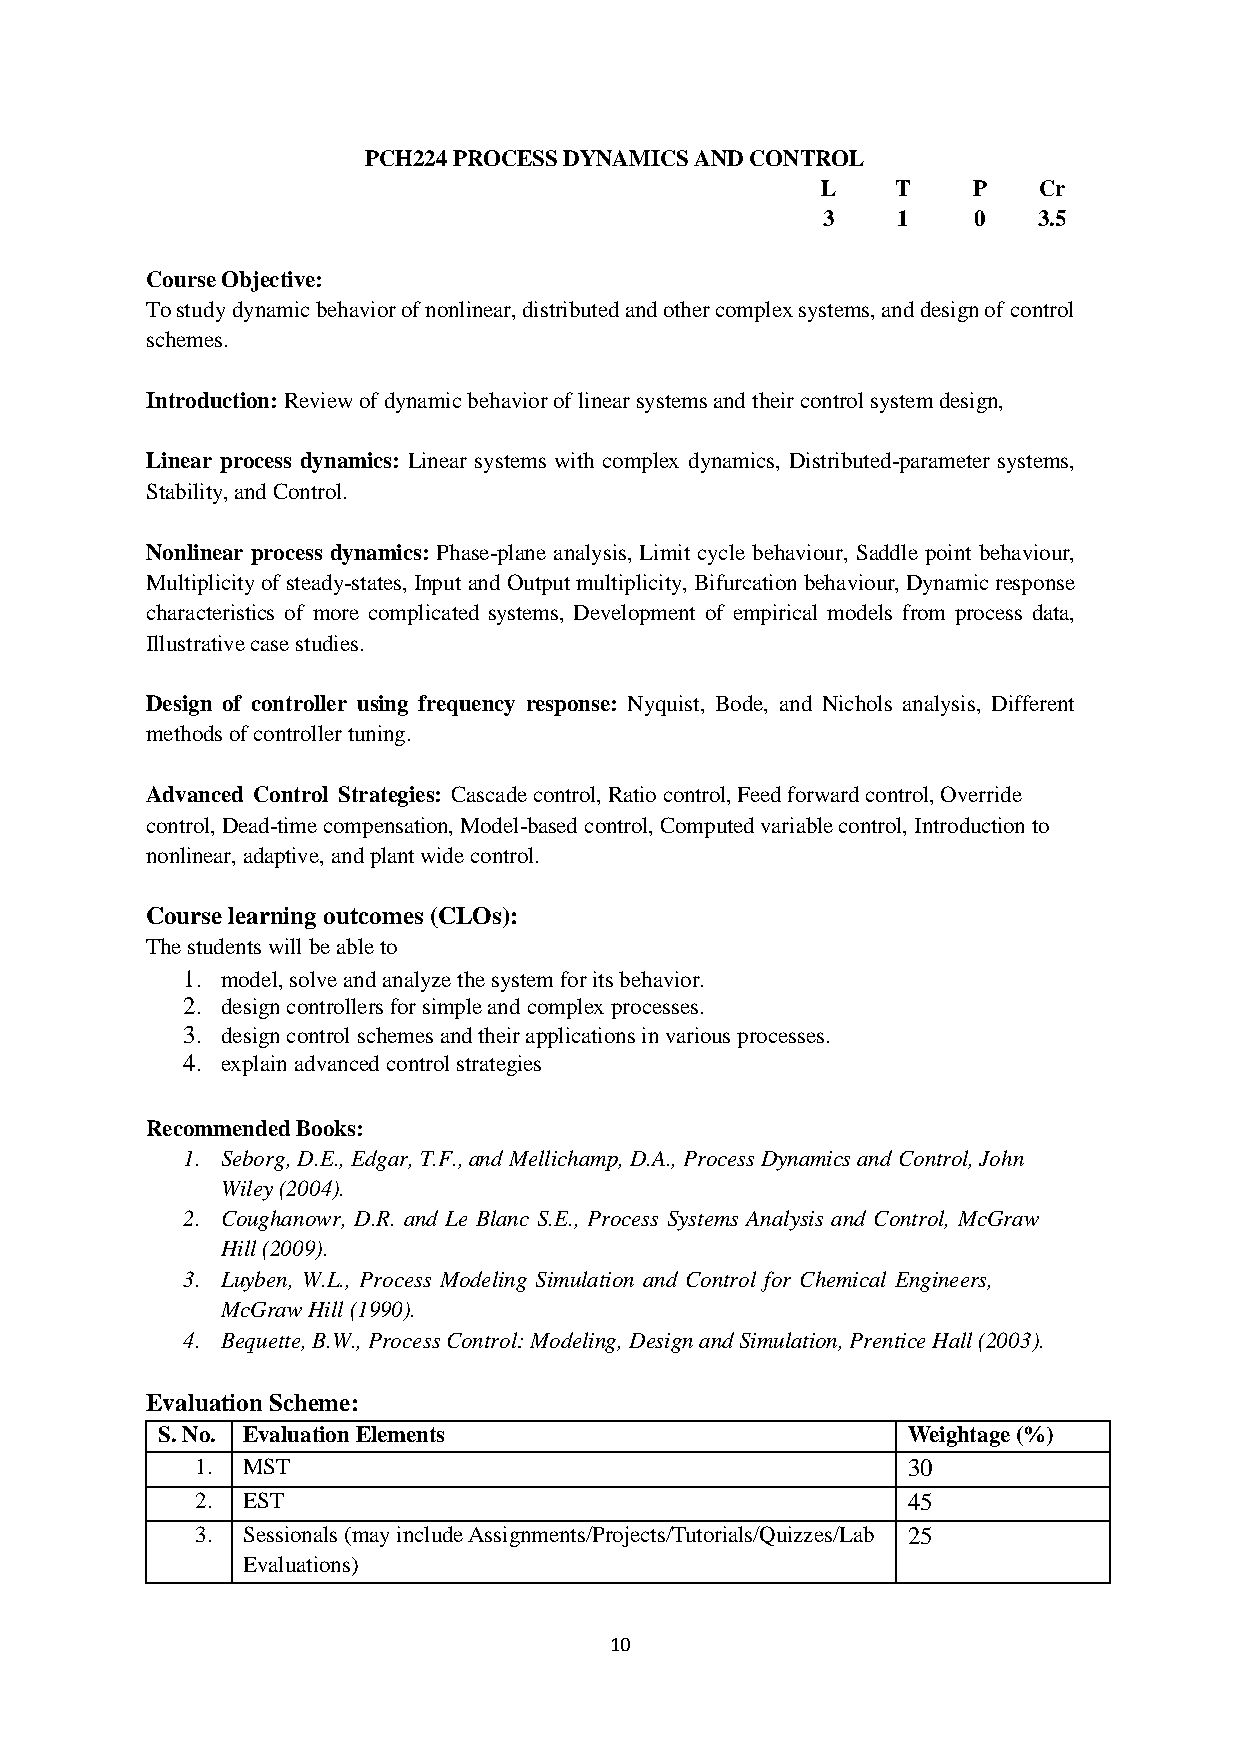
PCH224 PROCESS DYNAMICS AND CONTROL
 L    T    P    Cr
 3    1    0    3.5
 Course Objective:
 To study dynamic behavior of nonlinear, distributed and other complex systems, and design of control
 schemes.
 Introduction: Review of dynamic behavior of linear systems and their control system design,
 Linear process dynamics: Linear systems with complex dynamics, Distributed-parameter systems,
 Stability, and Control.
 Nonlinear process dynamics: Phase-plane analysis, Limit cycle behaviour, Saddle point behaviour,
 Multiplicity of steady-states, Input and Output multiplicity, Bifurcation behaviour, Dynamic response
 characteristics of more complicated systems, Development of empirical models from process data,
 Illustrative case studies.
 Design of controller using frequency response: Nyquist, Bode, and Nichols analysis, Different
 methods of controller tuning.
 Advanced Control Strategies: Cascade control, Ratio control, Feed forward control, Override
 control, Dead-time compensation, Model-based control, Computed variable control, Introduction to
 nonlinear, adaptive, and plant wide control.
 Course learning outcomes (CLOs):
 The students will be able to
 1. model, solve and analyze the system for its behavior.
 2. design controllers for simple and complex processes.
 3. design control schemes and their applications in various processes.
 4. explain advanced control strategies
 Recommended Books:
 1. Seborg, D.E., Edgar, T.F., and Mellichamp, D.A., Process Dynamics and Control, John
 Wiley (2004).
 2. Coughanowr, D.R. and Le Blanc S.E., Process Systems Analysis and Control, McGraw
 Hill (2009).
 3. Luyben, W.L., Process Modeling Simulation and Control for Chemical Engineers,
 McGraw Hill (1990).
 4. Bequette, B.W., Process Control: Modeling, Design and Simulation, Prentice Hall (2003).
 Evaluation Scheme:
 S. No. Evaluation Elements                        Weightage (%)
 1. MST                                         30
 2. EST                                         45
 3. Sessionals (may include Assignments/Projects/Tutorials/Quizzes/Lab 25
 Evaluations)
 10